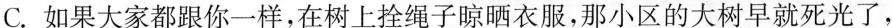
C.如果大家都跟你一样，在树上拴绳子晾晒衣服，那小区的大树早就死光了，